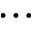
\cdots